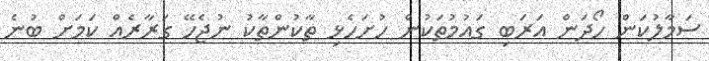
ސަމާލުކަން ހޯދަން އަރަބި ގައުމުތަކުން ހުށަހެޅި ތާކުންތާކު ނުޖެހޭ ގަރާރެއް ކަމަށް ބުނެ